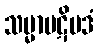
သမ္မာပဋိပဒံ